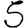
Digit: 5